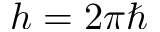
h = 2 \pi \hbar